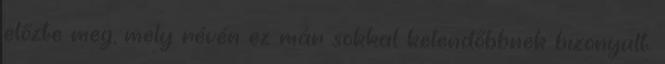
előzte meg, mely révén ez már sokkal kelendőbbnek bizonyult.